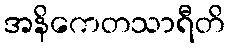
အနိကေတသာရီတိ